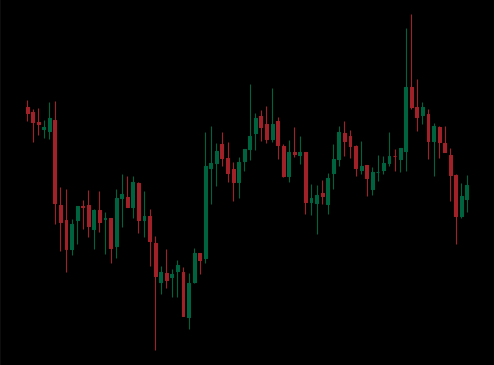
Pattern: unclassified